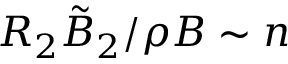
R _ { 2 } \tilde { B } _ { 2 } / \rho B \sim n